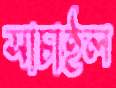
সাচাইল